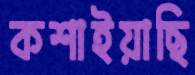
কশাইয়াছি